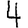
Digit: 4